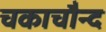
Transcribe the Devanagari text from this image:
चकाचौन्द